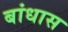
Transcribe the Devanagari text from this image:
बांधास